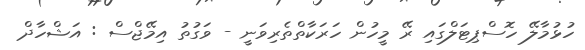
ހުޅުމާލޭ ހޮސްޕިޓަލްގައި ރޭ މީހުން ހަރަކާތްތެރިވަނީ - ވަގުތު އިމޭޭޖްސް : އަޝްހާދް